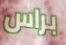
براس